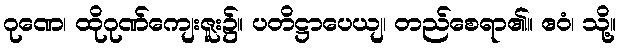
ဂုဏေ၊ ထိုဂုဏ်ကျေးဇူး၌။ ပတိဋ္ဌာပေယျ၊ တည်စေရာ၏။ ဧဝံ၊ သို့။